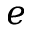
e